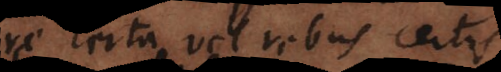
re certa vel rebus certis